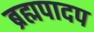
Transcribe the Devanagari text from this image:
ब्रह्मपादप